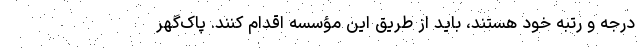
درجه و رتبه خود هستند، باید از طریق این مؤسسه اقدام کنند. پاک‌گهر